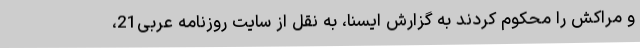
و مراکش را محکوم کردند به گزارش ایسنا، به نقل از سایت روزنامه عربی21،